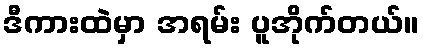
ဒီကားထဲမှာ အရမ်း ပူအိုက်တယ်။